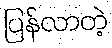
ပြန်လာတဲ့